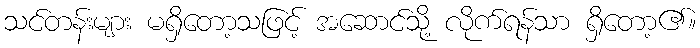
သင်တန်းများ မရှိတော့သဖြင့် အဆောင်သို့ လိုက်ရန်သာ ရှိတော့၏။